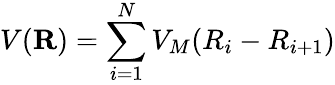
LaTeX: V(\mathbf{R})=\sum_{i=1}^{N}V_{M}(R_{i}-R_{i+1})